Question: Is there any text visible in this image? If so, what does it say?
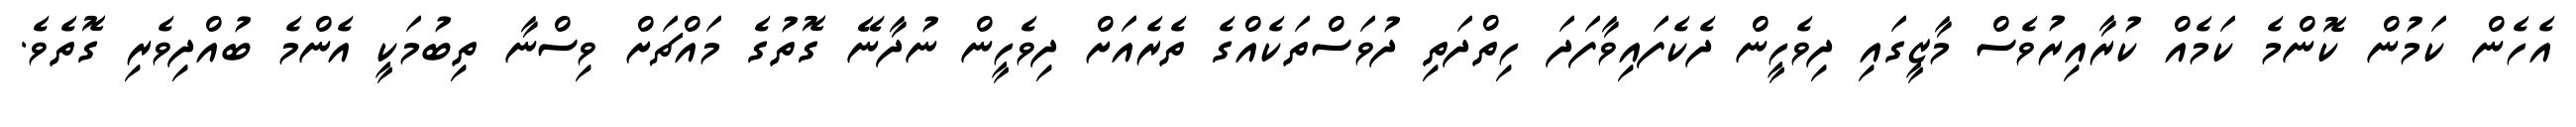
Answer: އެހެން ކަމުން ކޮންމެ ކަމެއް ކުރާއިރުވެސް މާޒީގައި ދިވެހީން ދެކެފައިވާފަދަ ހިތްދަތި ދުވަސްތަކެއްގެ ތެރެއަށް ދިވެހީން ނުދާނޭ ގޮތުގެ މައްޗަށް ވިސްނާ ތިބުމަކީ އެންމެ ބުއްދިވެރި ގޮތެވެ.